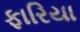
ફારિયા